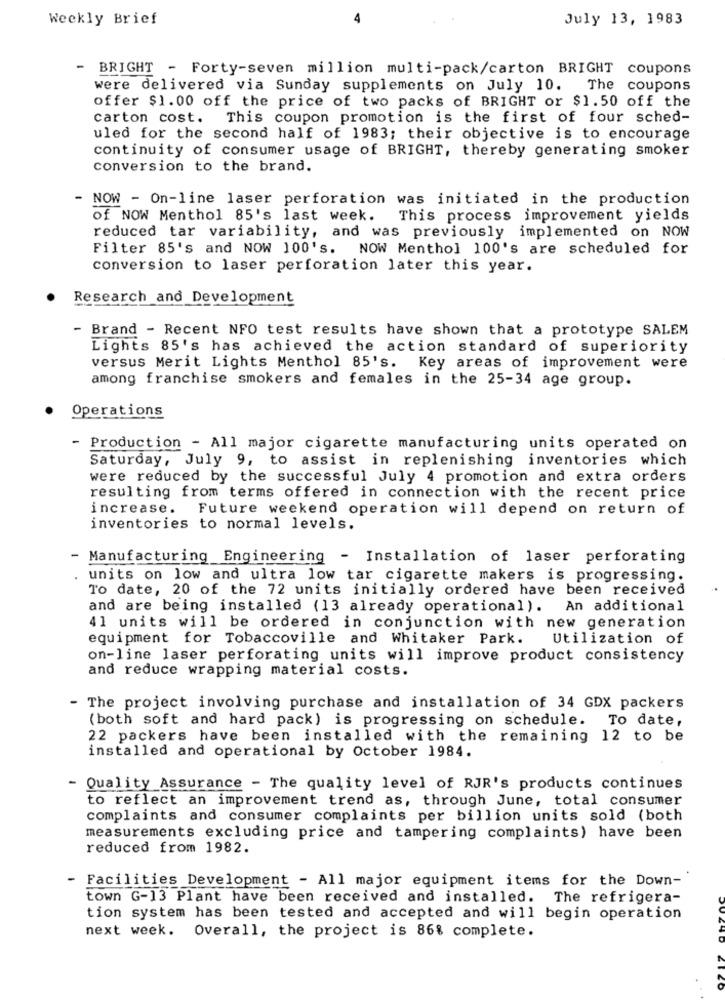
Weekly Brief
July 13, 1983
-
BRIGHT - Forty-seven million multi-pack/carton BRIGHT coupons
were delivered via Sunday supplements on July 10. The coupons
offer $1.00 off the price of two packs of BRIGHT or $1.50 off the
carton cost. This coupon promotion is the first of four sched-
uled for the second half of 1983; their objective is to encourage
continuity of consumer usage of BRIGHT, thereby generating smoker
conversion to the brand.
- NOW - On-line laser perforation was initiated in the production
of NOW Menthol 85's last week. This process improvement yields
reduced tar variability, and was previously implemented on NOW
Filter 85's and NOW 100's. NOW Menthol 100's are scheduled for
conversion to laser perforation later this year.
Research and Development
- Brand - Recent NFO test results have shown that a prototype SALEM
Lights 85's has achieved the action standard of superiority
versus Merit Lights Menthol 85's. Key areas of improvement were
among franchise smokers and females in the 25-34 age group.
Operations
- Production - All major cigarette manufacturing units operated on
Saturday, July 9, to assist in replenishing inventories which
were reduced by the successful July 4 promotion and extra orders
resulting from terms offered in connection with the recent price
increase.
Future weekend operation will depend on return of
inventories to normal levels.
- Manufacturing Engineering - Installation of laser perforating
units on low and ultra low tar cigarette makers is progressing.
To date, 20 of the 72 units initially ordered have been received
and are being installed (13 already operational). An additional
41 units will be ordered in conjunction with new generation
equipment for Tobaccoville and Whitaker Park.
Utilization of
on-line laser perforating units will improve product consistency
and reduce wrapping material costs.
- The project involving purchase and installation of 34 GDX packers
(both soft and hard pack) is progressing on schedule. To date,
22 packers have been installed with the remaining 12 to be
installed and operational by October 1984.
- Quality Assurance - The quality level of RJR's products continues
to reflect an improvement trend as, through June, total consumer
complaints and consumer complaints per billion units sold (both
measurements excluding price and tampering complaints) have been
reduced from 1982.
- Facilities Development - All major equipment items for the Down-
town G-13 Plant have been received and installed. The refrigera-
tion system has been tested and accepted and will begin operation
next week. Overall, the project is 86% complete.